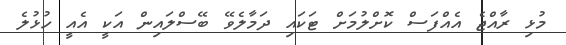
މުޅި ރާއްޖެ އެއްފަސް ކޮށްލުމަށް ޓަކައި ދަމާލެވޭ ބޭސްލައިން އަކީ އެއީ ހުޅުލެ